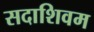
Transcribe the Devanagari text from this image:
सदाशिवम